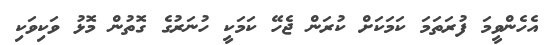
އެހެންވީމަ ފުރަތަމަ ކަމަކަށް ކުރަން ޖެހޭ ކަމަކީ ހުނަރުގެ ގޮތުން މޮޅު ވަކިވަކި